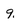
Character: 9